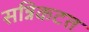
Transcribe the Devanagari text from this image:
सन्निकटत